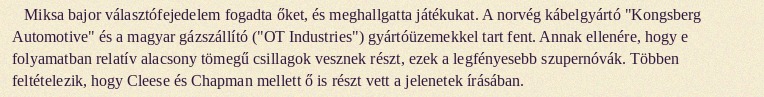
Miksa bajor választófejedelem fogadta őket, és meghallgatta játékukat. A norvég kábelgyártó "Kongsberg Automotive" és a magyar gázszállító ("OT Industries") gyártóüzemekkel tart fent. Annak ellenére, hogy e folyamatban relatív alacsony tömegű csillagok vesznek részt, ezek a legfényesebb szupernóvák. Többen feltételezik, hogy Cleese és Chapman mellett ő is részt vett a jelenetek írásában.